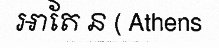
អាតែ ន ( Athens